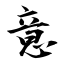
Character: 意